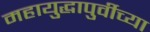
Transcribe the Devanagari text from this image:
महायुद्धापुर्वीच्या